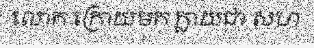
លោក ក្រោយមក ក្លាយជា សហ